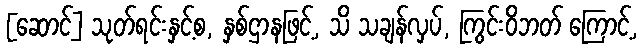
[ဆောင်] သုတ်ရင်းနှင့်စ, နှစ်ဌာနဖြင့်, သိ သချန်လှပ်, ကြွင်းဝိဘတ် ကြောင့်,